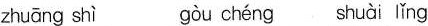
zhuāng shì gòu chéng shuài lǐng